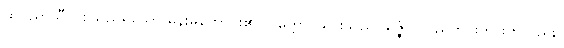
ထိုပညာသီလစသည်ရှိသော မိန်းမကောင်း၏။ ပုတ္တော၊ သားသည်။ ရဇ္ဇံပိ၊ ပြည်တိုင်းကားကိုလည်း။